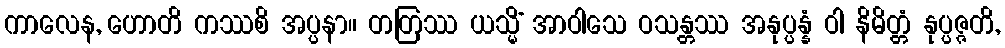
ကာလေန, ဟောတိ ကဿစိ အပ္ပနာ။ တတြဿ ယသ္မိံ အာဝါသေ ဝသန္တဿ အနုပ္ပန္နံ ဝါ နိမိတ္တံ နုပ္ပဇ္ဇတိ,